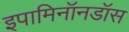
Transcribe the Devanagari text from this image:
इपामिनॉनडॉस